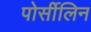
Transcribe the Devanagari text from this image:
पोर्सीलिन